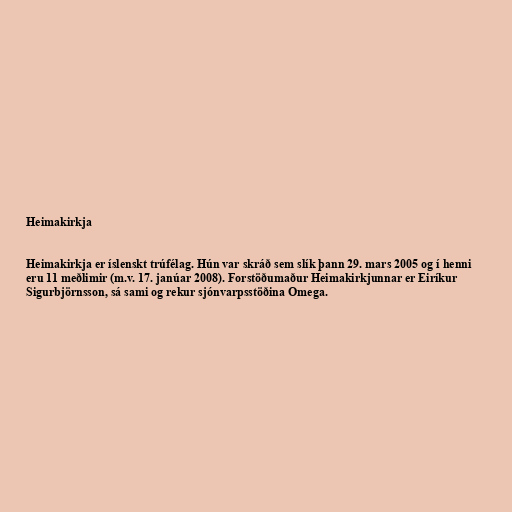
Heimakirkja

Heimakirkja er íslenskt trúfélag. Hún var skráð sem slík þann 29. mars 2005 og í henni
eru 11 meðlimir (m.v. 17. janúar 2008). Forstöðumaður Heimakirkjunnar er Eiríkur
Sigurbjörnsson, sá sami og rekur sjónvarpsstöðina Omega.